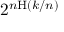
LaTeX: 2 ^ { n \mathrm { H } ( k / n ) }